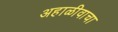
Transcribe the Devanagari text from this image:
अहाळीवाचा